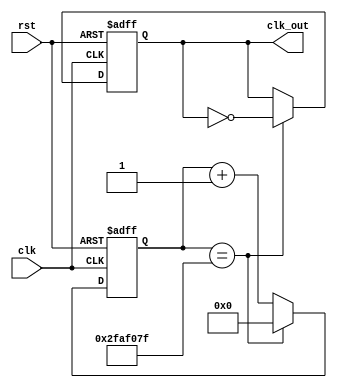
`timescale 1ns / 1ps
//////////////////////////////////////////////////////////////////////////////////
// Company: 
// Engineer: 
// 
// Design Name: 
// Module Name: clockDivider
// Project Name: 
// Target Devices: 
// Tool Versions: 
// Description: 
// 
// Dependencies: 
// 
// Revision:
// Revision 0.01 - File Created
// Additional Comments:
// 
//////////////////////////////////////////////////////////////////////////////////


module clockDivider #(parameter n = 50000000)
(input clk, rst, output reg clk_out);
reg [31:0] count;
// Big enough to hold the maximum possible value
// Increment count
always @ (posedge clk, posedge rst) begin
if (rst == 1'b1) // Asynchronous Reset
count <= 32'b0;
else if (count == n-1)
count <= 32'b0;
else
count <= count + 1;
end
// Handle the output clock
always @ (posedge clk, posedge rst) begin
if (rst) // Asynchronous Reset
clk_out <= 0;
else if (count == n-1)
clk_out <= ~ clk_out;
end
endmodule